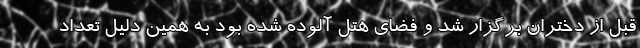
قبل از دختران برگزار شد و فضای هتل آلوده شده بود به همین دلیل تعداد